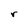
Character: r